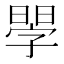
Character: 𣉬